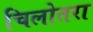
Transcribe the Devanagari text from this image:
चिलोतरा